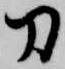
刀